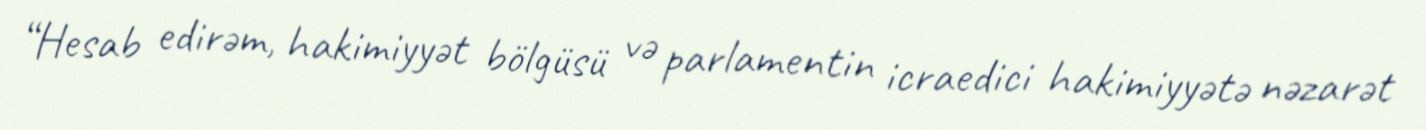
“Hesab edirəm, hakimiyyət bölgüsü və parlamentin icraedici hakimiyyətə nəzarət